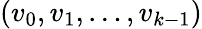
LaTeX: (v_{0},v_{1},\ldots,v_{k-1})